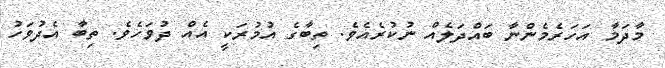
މާދަމާ އަހަރެމެންނާ ބައްދަލެއް ނުކުރެއެވެ. ތިބާގެ އުމުރަކީ އެއް ދުވަހެވެ. ތިބާ އެދުވަހު